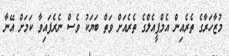
މުޒާހަރާގެ ތެރެއިން އެމްޕީއެލްގެ ތެރެއަށް ވަތް ބަޔަކު ވެސް ނެރެފައިވާ ކަމަށް އޭނާ